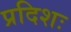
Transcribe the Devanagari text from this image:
प्रदिशः